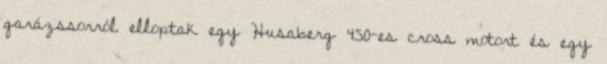
garázssorról elloptak egy Husaberg 450-es cross motort és egy